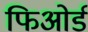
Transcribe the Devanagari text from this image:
फिओर्ड